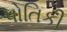
પોતિકી